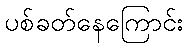
ပစ်ခတ်နေကြောင်း